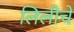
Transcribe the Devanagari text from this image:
लिलीचे